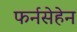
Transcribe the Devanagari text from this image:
फर्नसेहेन